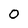
Character: 0